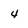
Character: 4